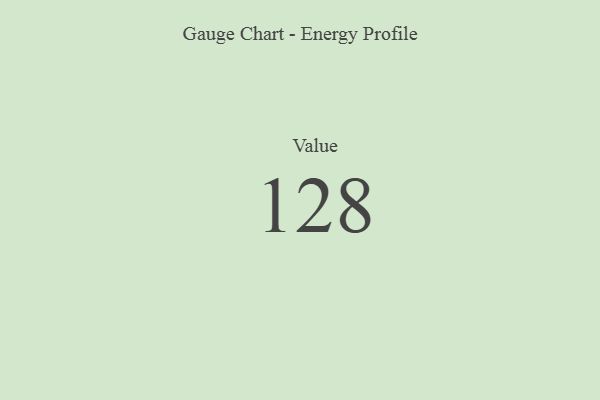
{"axis": {"x": "Metric", "y": "Value"}, "legend": [""], "data": [{"x": "Value", "y": 128, "type": ""}]}